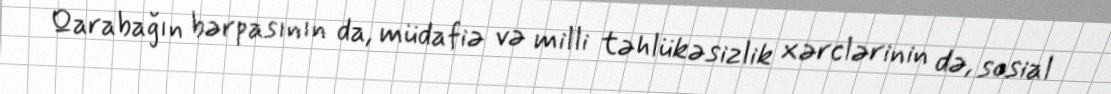
Qarabağın bərpasının da, müdafiə və milli təhlükəsizlik xərclərinin də, sosial